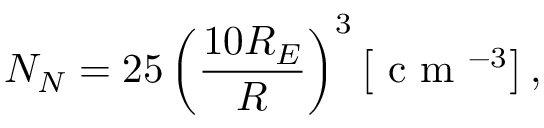
N _ { N } = 2 5 \left( \frac { 1 0 R _ { E } } { R } \right) ^ { 3 } \left[ \mathrm { ~ c ~ m ~ } ^ { - 3 } \right] ,